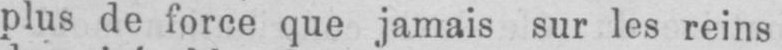
plus de force que jamais sur les reins